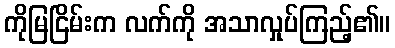
ကိုမြငြိမ်းက လက်ကို အသာလှုပ်ကြည့်၏။